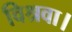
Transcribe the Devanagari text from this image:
विश्रवा।